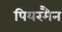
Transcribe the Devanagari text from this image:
पियरमैन